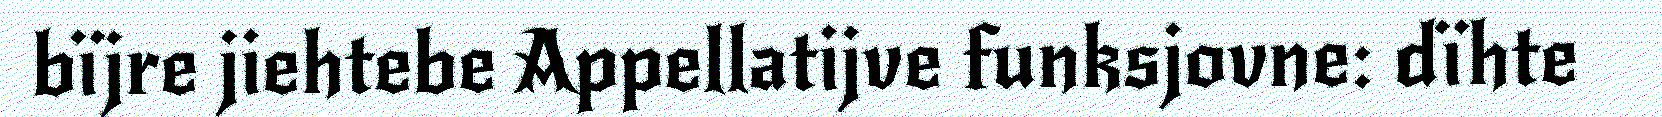
bïjre jiehtebe Appellatijve funksjovne: dïhte